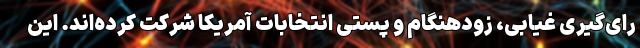
رای‌گیری غیابی، زودهنگام و پستی انتخابات آمریکا شرکت کرده‌اند. این